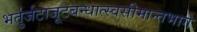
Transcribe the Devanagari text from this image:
भर्तुर्जटाजूटबन्धात्स्वसीमान्तभागे